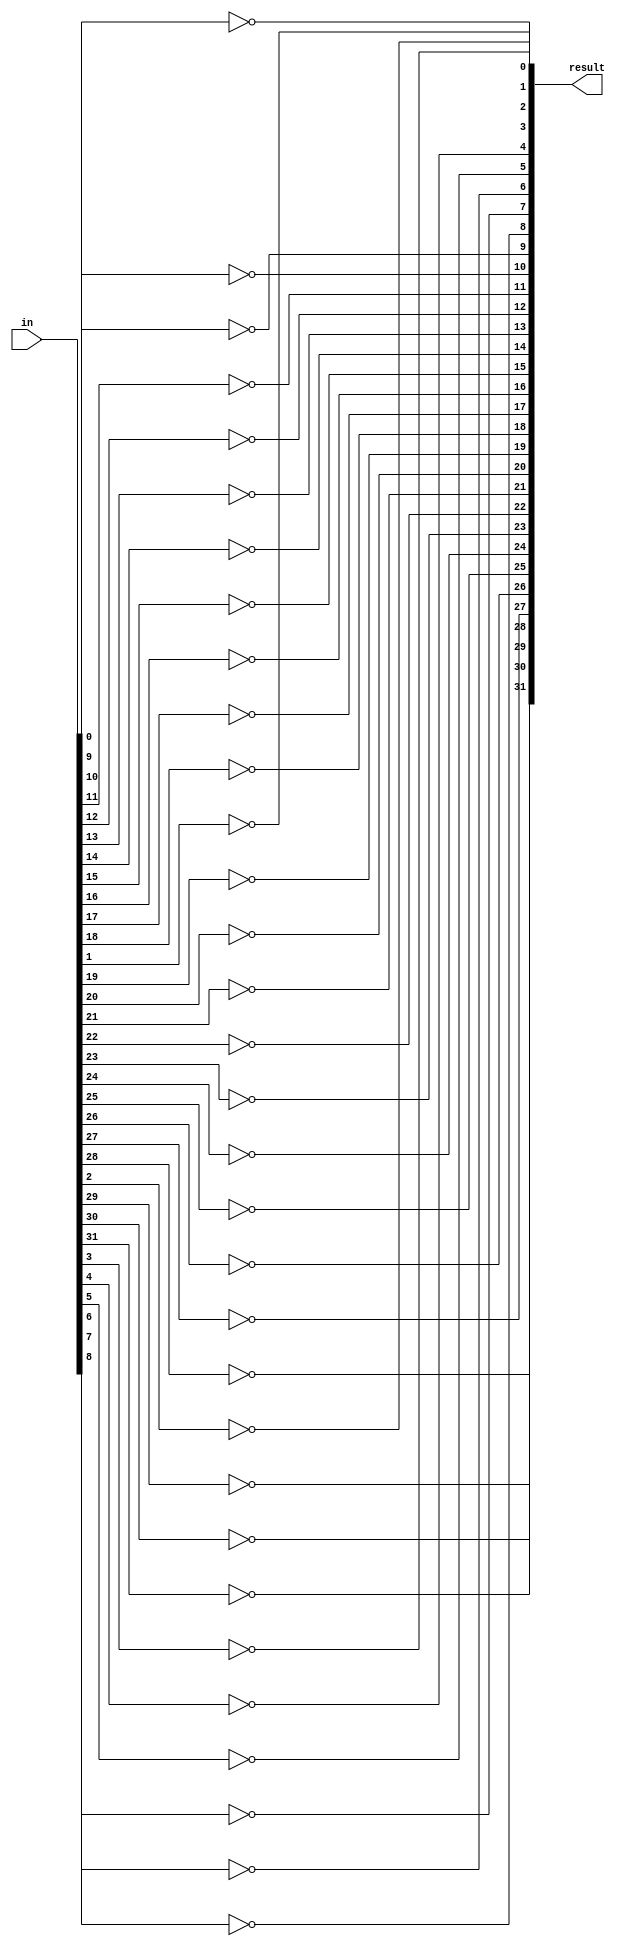
module not32(result, in);
    input [31:0] in;
    output [31:0] result;

    genvar i;
    for (i = 0; i < 32; i = i + 1) begin: gen_loop
        not(result[i], in[i]);
    end
endmodule